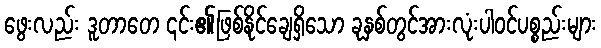
ဖွေးလည်း ဒူတာတေ ၎င်း၏ဖြစ်နိုင်ချေရှိသော ခုနှစ်တွင်အားလုံးပါဝင်ပစ္စည်းများ